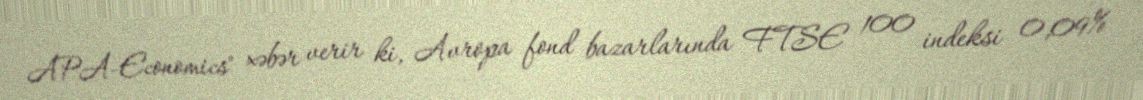
APA-Economics" xəbər verir ki, Avropa fond bazarlarında FTSE 100 indeksi 0,09%